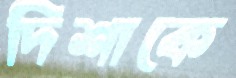
দিশাকে